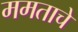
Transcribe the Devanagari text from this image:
ममताचे